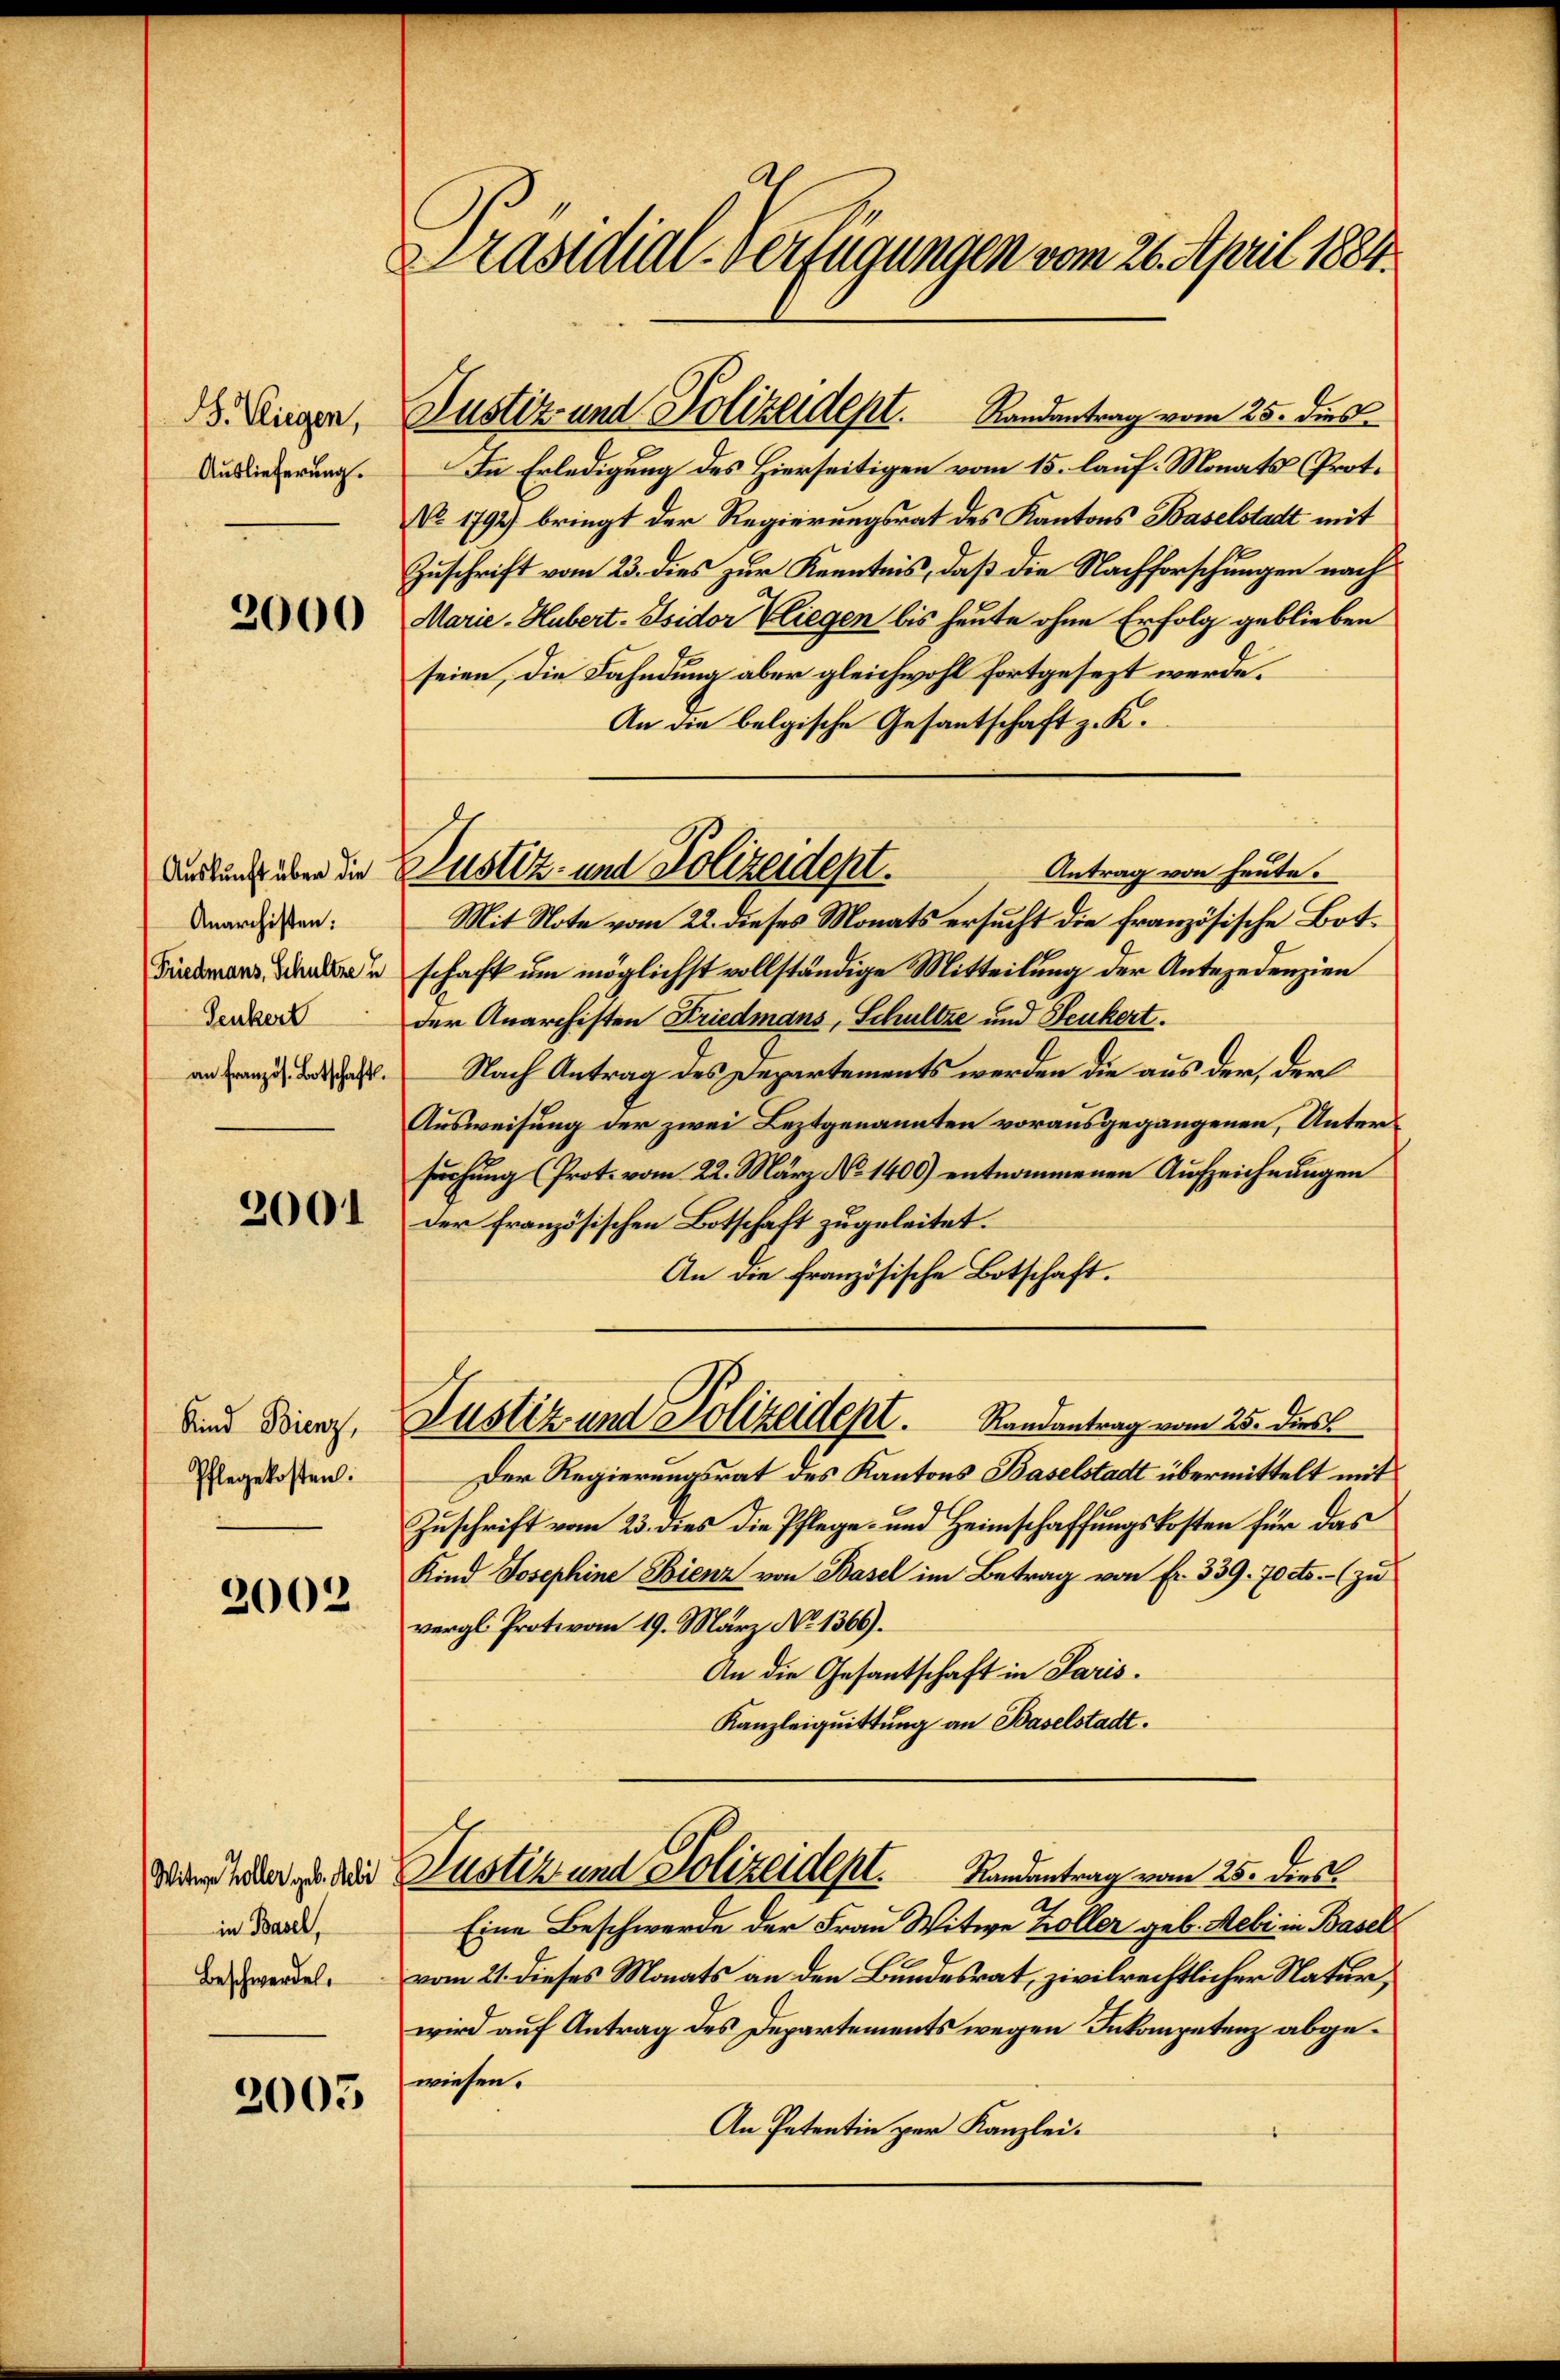
Anarchisten:
Senkert

Pflegekosten.

2002

in Basel,
Beschwerden.

2005

Präsidial-Verfügungen vom 26. April 1884.

Ausiederung. In Erledigung des Hierseitigen vom 15. lauf. Monats (Prot.
No. 1792) bringt der Regierungsrat des Kantons Baselstadt mit
t
Zuschrift vom 23. dies zur Kenntnis, daß die Nachforschungen nach
 Marie-Hubert. Isidor Eliegen bis heute ohne Erfolg geblieben
seien, die Fahndung aber gleichwohl fortgesezt werde.
An die belgische Gesantschaft z. K.
Mit Note vom 22. dieses Monats ersucht die französische Bot¬
Fieschaft um möglichst vollständige Mitteilung der Antezedenzien
der Anarchisten Friedmans, Schultze und Senkert.
an Franz beschaft. Nach Antrag des Departements werden die aus der, der
Ausweisung der zwei Leztgenannten vorausgegangenen, Untersuchung (Prot. vom 22. März No 1400) entnommenen Aufzeichnungen
XXI. Der französischen Botschaft zugeleitet.
An die Französische Botschaft.
Sind dienz, Justiz und Polizeidept. Randantrag vom 25. dies
Der Regierungsrat des Kantons Baselstadt übermittelt mit
Zuschrift vom 23. dies die Pflege und Heimschaffungskosten für das
Kind Josephine Bienz von Basel im Betrag von Fr. 339. 70 cts. (zu
vergl. Protovom 19. März No 1366).
An die Gesantschaft in Paris.
Kanzleiquittung an Baselstadt.
Werden zu der Justiz und Polizeidept. Landantrag vom 25. dies
Eine Beschwerde der Frau Witwe Koller geb. Mebi in Basel
vom 21. dieses Monats an den Bundesrat, zivilrechtlicher Natur,
wird auf Antrag des Departements wegen Inkompetenz abgewiesen.
An Patentin zur Kanzlei.

Dinger, Justiz und Polizeident. Landantrag vom 25. dies

Antrag von heute.
durkung über die Zustiz- und Polizeidept.